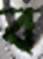
ব